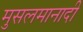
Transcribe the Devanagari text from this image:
मुसलमानादी